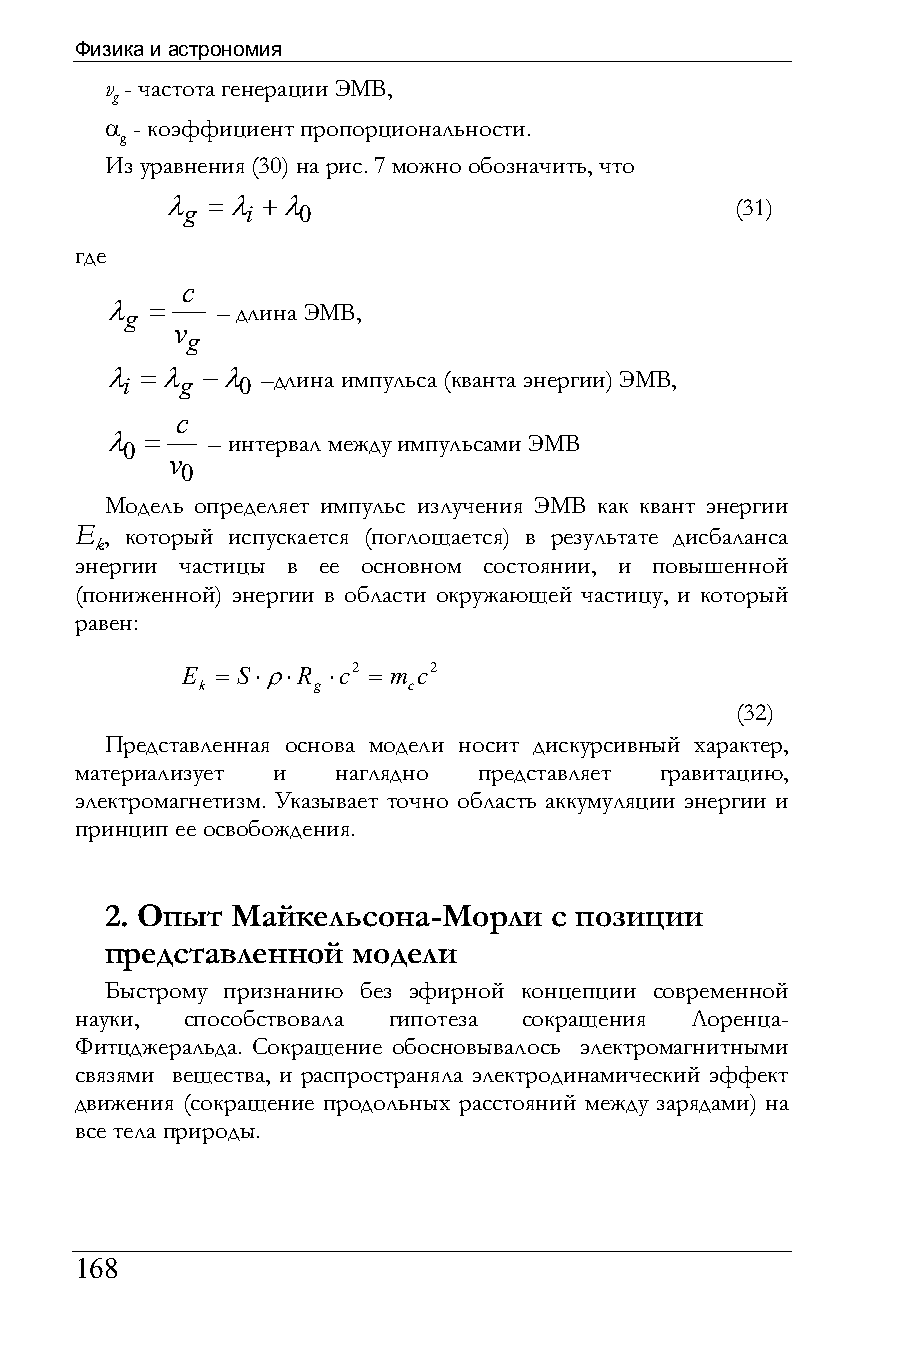
Физика и астрономия
 v - частота генерации ЭМВ,
 g
 α - коэффициент пропорциональности.
 g
 Из уравнения (30) на рис. 7 можно обозначить, что
 λ g =λ i +λ 0                         (31)
 где
 c
 λ g =  – длина ЭМВ,
 v
 g
 λ i =λ g −λ 0 –длина импульса (кванта энергии) ЭМВ,
 c
 λ  =   – интервал между импульсами ЭМВ
 0
 v
 0
 Модель определяет импульс излучения ЭМВ как квант энергии
 Е , который испускается (поглощается) в результате дисбаланса
 k
 энергии частицы в ее основном состоянии, и повышенной
 (пониженной) энергии в области окружающей частицу, и который
 равен:
 E = S⋅ρ⋅R ⋅c2 = m с2
 k       g     c
 (32)
 Представленная основа модели носит дискурсивный характер,
 материализует и  наглядно  представляет гравитацию,
 электромагнетизм. Указывает точно область аккумуляции энергии и
 принцип ее освобождения.
 2. Опыт Майкельсона-Морли    с позиции
 представленной  модели
 Быстрому признанию без эфирной концепции современной
 науки, способствовала гипотеза сокращения Лоренца-
 Фитцджеральда. Сокращение обосновывалось электромагнитными
 связями вещества, и распространяла электродинамический эффект
 движения (сокращение продольных расстояний между зарядами) на
 все тела природы.
 168